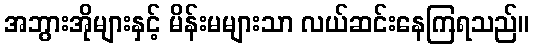
အဘွားအိုများနှင့် မိန်းမများသာ လယ်ဆင်းနေကြရသည်။